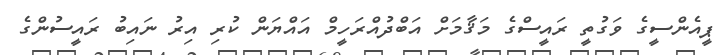
ޕީއެންސީގެ ވަގުތީ ރައީސްގެ މަޤާމަށް އަބްދުއްރަހީމް އައްޔަން ކުރި އިރު ނައިބު ރައީސުންގެ